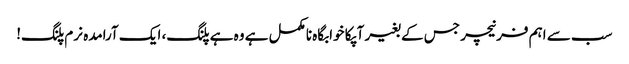
سب سے اہم فرنیچر جس کے بغیر آپکا خوابگاہ نامکمل ہے وہ ہے پلنگ، ایک آرامدہ نرم پلنگ!